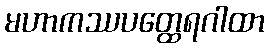
မဟာကဿပတ္ထေရဂါထာ